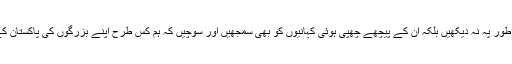
میری آپ سب سے گزارش ہے کہ ان تصاویر کو صرف تصویر کے طور پہ نہ دیکھیں بلکہ ان کے پیچھے چھپی ہوئی کہانیوں کو بھی سمجھیں اور سوچیں کہ ہم کس طرح اپنے بزرگوں کی پاکستان کے لیئے دی ہوئی قربانیوں کا حق ادا کرنے کی کوشش کر سکتے ہیں؟